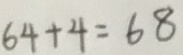
6 4 + 4 = 6 8